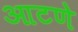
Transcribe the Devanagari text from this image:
आटणे